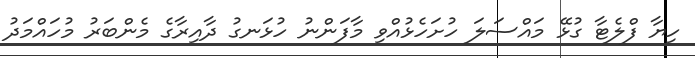
ހިޔާ ފްލެޓާ ގުޅޭ މައްސަލަ ހުށަހެޅުއްވި މާފަންނު ހުޅަނގު ދާއިރާގެ މެންބަރު މުހައްމަދު